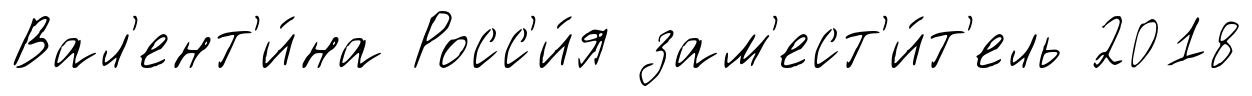
Вал'ент'и́на Росс'и́я зам'ест'и́т'ель 2018